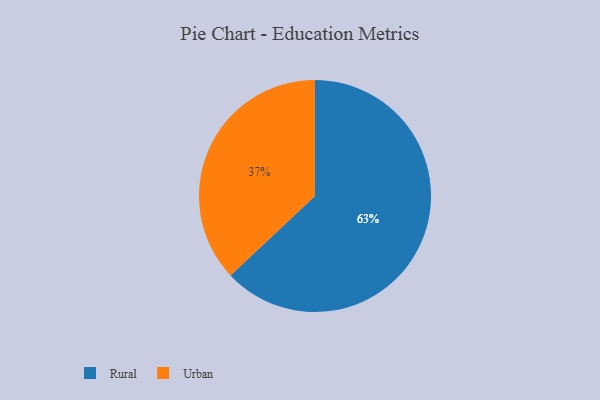
{"axis": {"x": "Category", "y": "Percentage"}, "legend": ["Rural", "Urban"], "data": [{"x": "Rural", "y": 63, "type": "Rural"}, {"x": "Urban", "y": 37, "type": "Urban"}]}